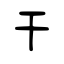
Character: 干